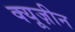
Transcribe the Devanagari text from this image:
क्यूज़ीन